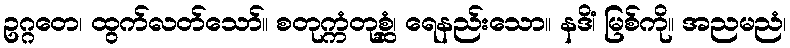
ဥဂ္ဂတေ၊ ထွက်လတ်သော်။ စတုက္ကံတုစ္ဆံ၊ ရေနည်းသော။ နဒိံ၊ မြစ်ကို။ အညမညံ၊